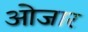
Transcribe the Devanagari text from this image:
ओजार